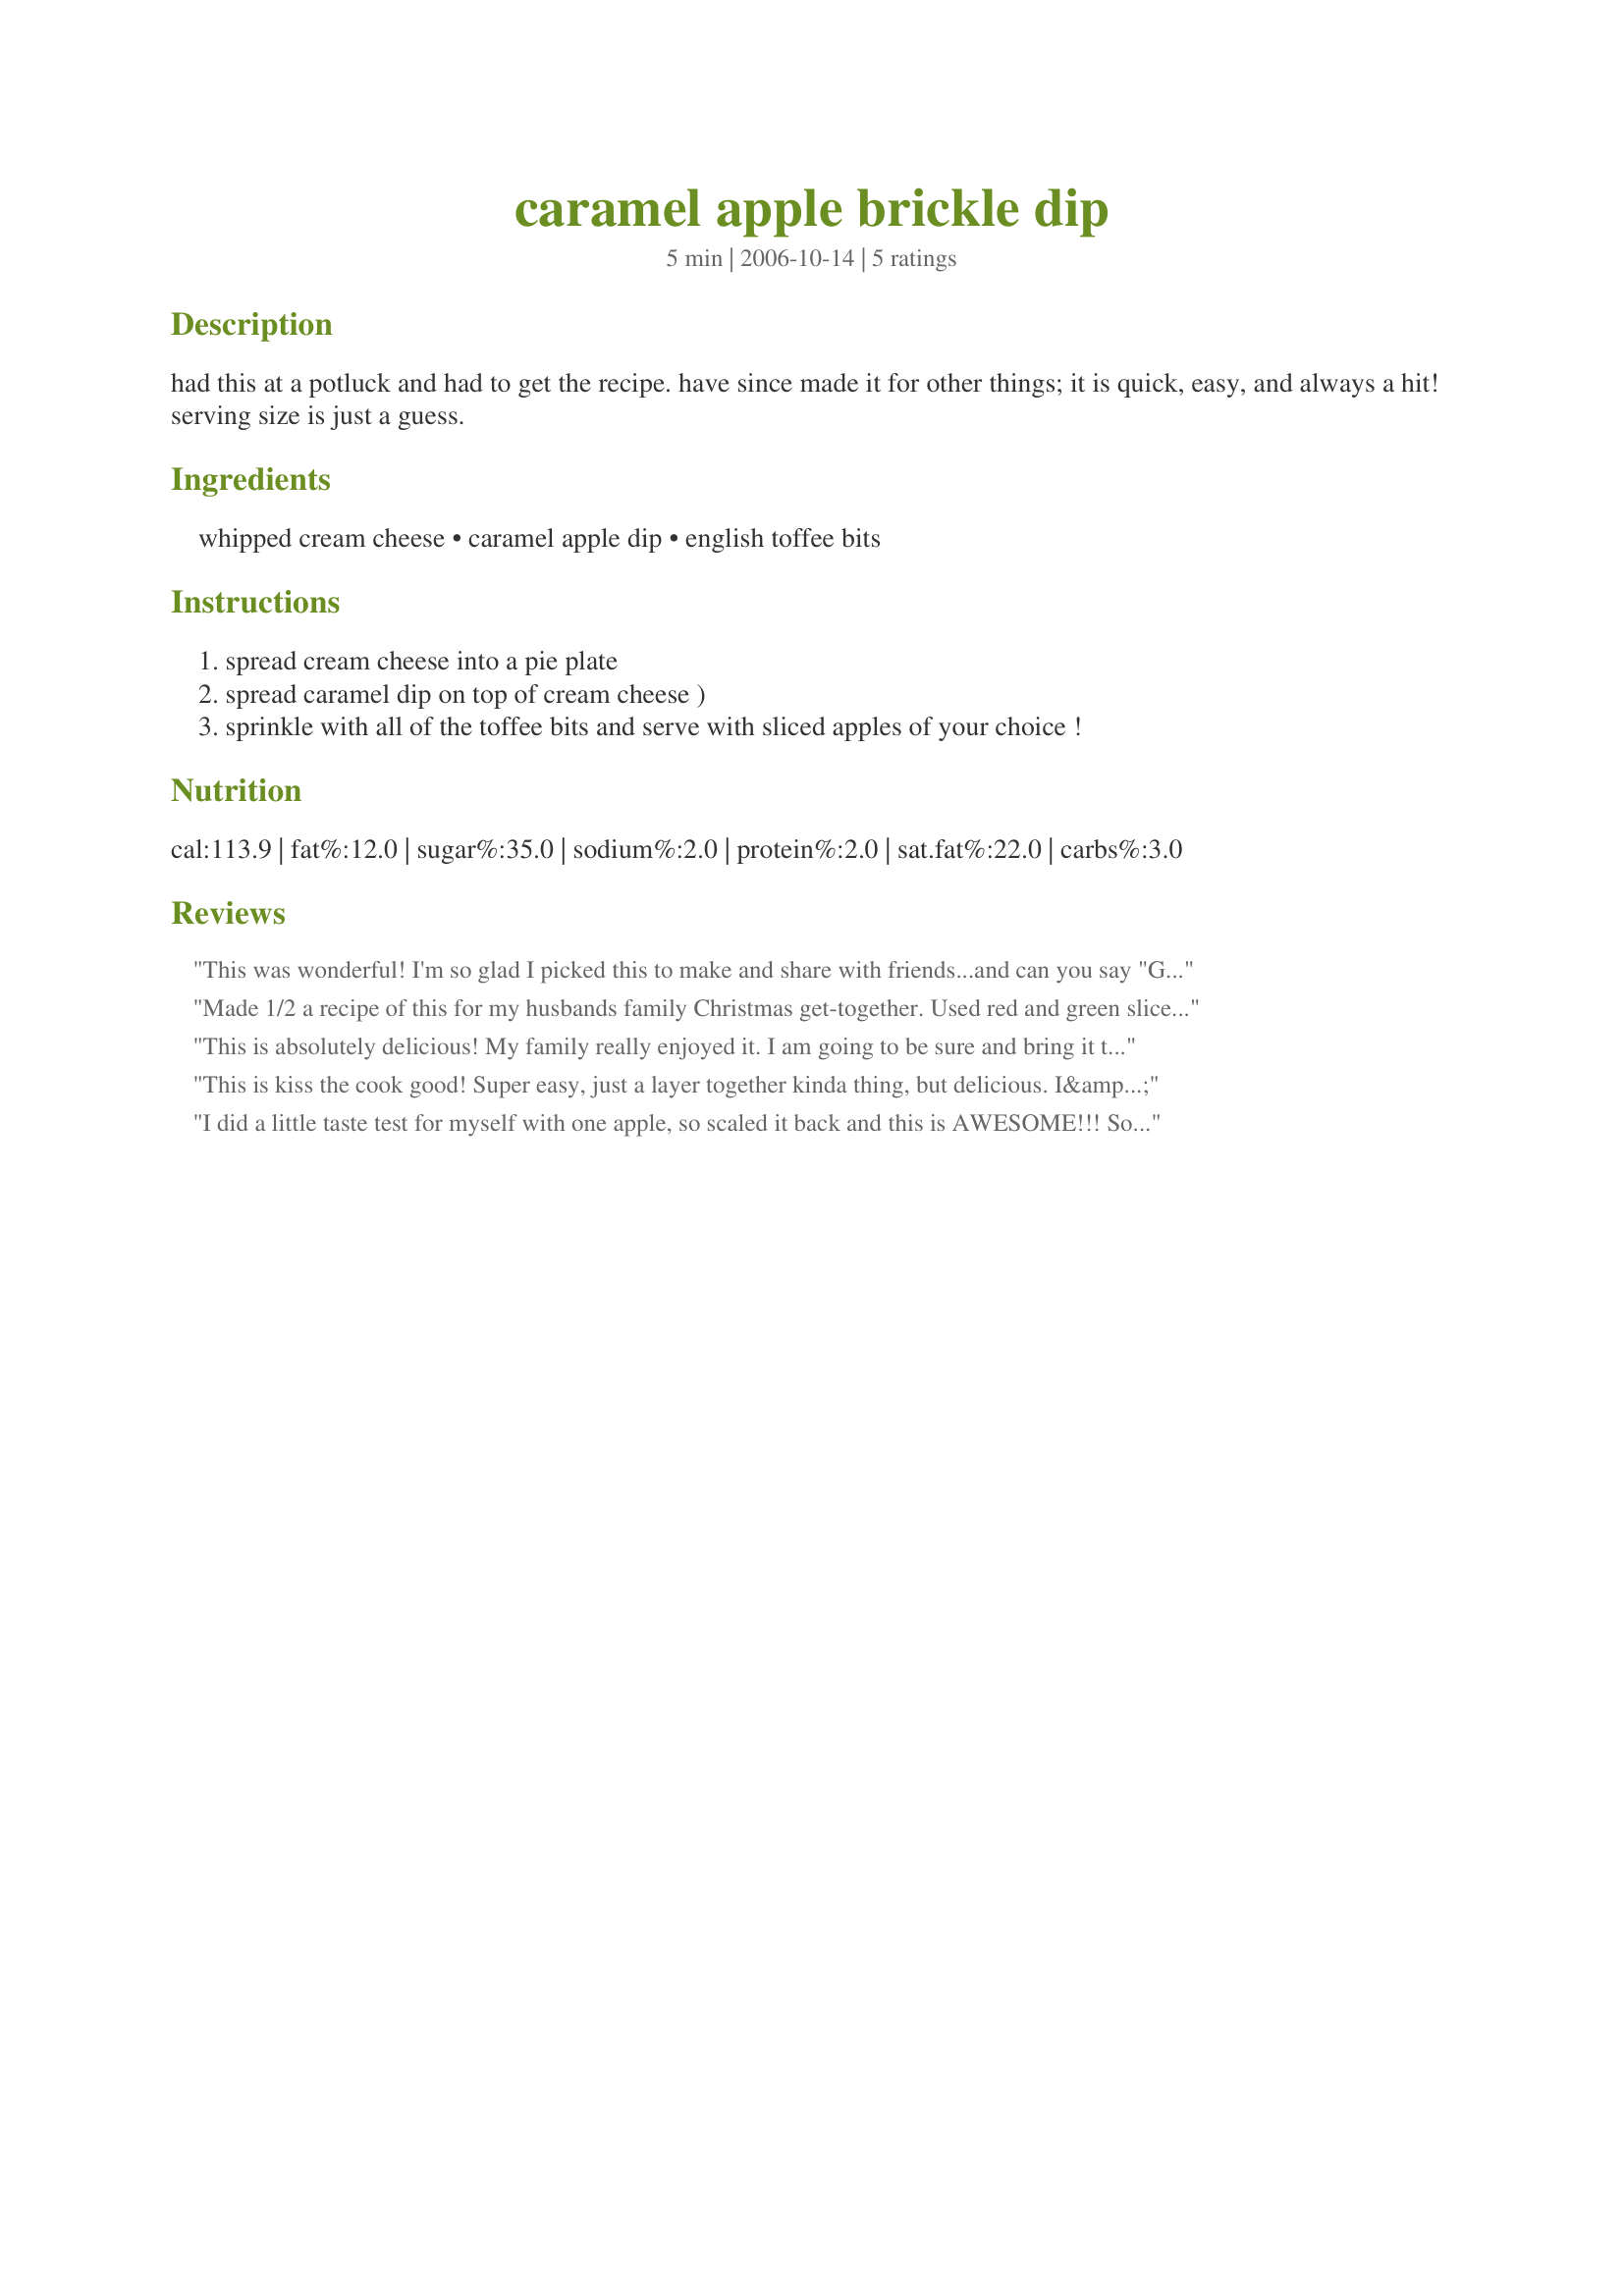
caramel apple brickle dip
Preparation time: 5 minutes

had this at a potluck and had to get the recipe. have since made it for other things; it is quick, easy, and always a hit! serving size is just a guess.

Ingredients:
whipped cream cheese, caramel apple dip, english toffee bits

Steps:
spread cream cheese into a pie plate
spread caramel dip on top of cream cheese )
sprinkle with all of the toffee bits and serve with sliced apples of your choice !

Reviews:
This was wonderful! I'm so glad I picked this to make and share with friends...and can you say "GONE!"? They scarfed it down like nobody's business! I used a granny smith and a fuji apple (one tart, one sweet) and this was different and good :-)! I had a small problem; I bought Heath bar bits (chocolate coated) by accident, but that didn't slow us down a bit...I do think you could get away with using about 1/2 the caramel dip (that's what I did) and maybe 1/2 the bag of heath bits. It was messy, but, it disappeared! I'm always on the lookout for a new 'item' to share with friends - I'm glad I chose this!
Made 1/2 a recipe of this for my husbands family Christmas get-together. Used red and green sliced apples for dipping. It was well received by everyone...and great to see my kids eating some fruit instead of all cookies!!!!!
Thanks for posting!!!!!
This is absolutely delicious! My family really enjoyed it. I am going to be sure and bring it to my next potluck event. :) Yum!
This is kiss the cook good! Super easy, just a layer together kinda thing, but delicious. I&#039;ve made this for my family a few times, planning to make at Christmas for work!
I did a little taste test for myself with one apple, so scaled it back and this is AWESOME!!! So quick and easy to make, I plan to serve this as an appetizer for Thanksgiving. Thanks for sharing the recipe. Made for PRMR Special Tag.
